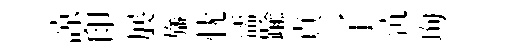
諒印展旛忧濡踰貞了沆珣